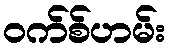
ဝက်စ်ဟမ်း